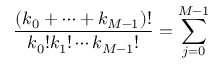
\frac { ( k _ { 0 } + \cdots + k _ { M - 1 } ) ! } { k _ { 0 } ! k _ { 1 } ! \cdots k _ { M - 1 } ! } = \sum _ { j = 0 } ^ { M - 1 }